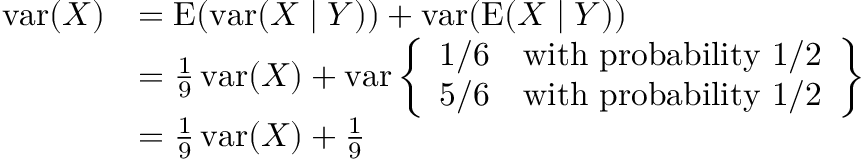
{ \begin{array} { r l } { \operatorname { v a r } ( X ) } & { = \operatorname { E } ( \operatorname { v a r } ( X \mid Y ) ) + \operatorname { v a r } ( \operatorname { E } ( X \mid Y ) ) } \\ & { = { \frac { 1 } { 9 } } \operatorname { v a r } ( X ) + \operatorname { v a r } \left\{ { \begin{array} { l l } { 1 / 6 } & { { \mathrm { w i t h ~ p r o b a b i l i t y } } \ 1 / 2 } \\ { 5 / 6 } & { { \mathrm { w i t h ~ p r o b a b i l i t y } } \ 1 / 2 } \end{array} } \right\} } \\ & { = { \frac { 1 } { 9 } } \operatorname { v a r } ( X ) + { \frac { 1 } { 9 } } } \end{array} }